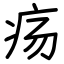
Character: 疡